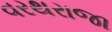
વરથરાજા